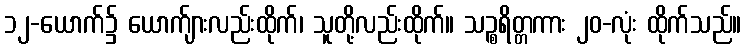
၁၂-ယောက်၌ ယောက်ျားလည်းထိုက်၊ သူတို့လည်းထိုက်။ သဉ္စရိတ္တကား ၂၀-လုံး ထိုက်သည်။